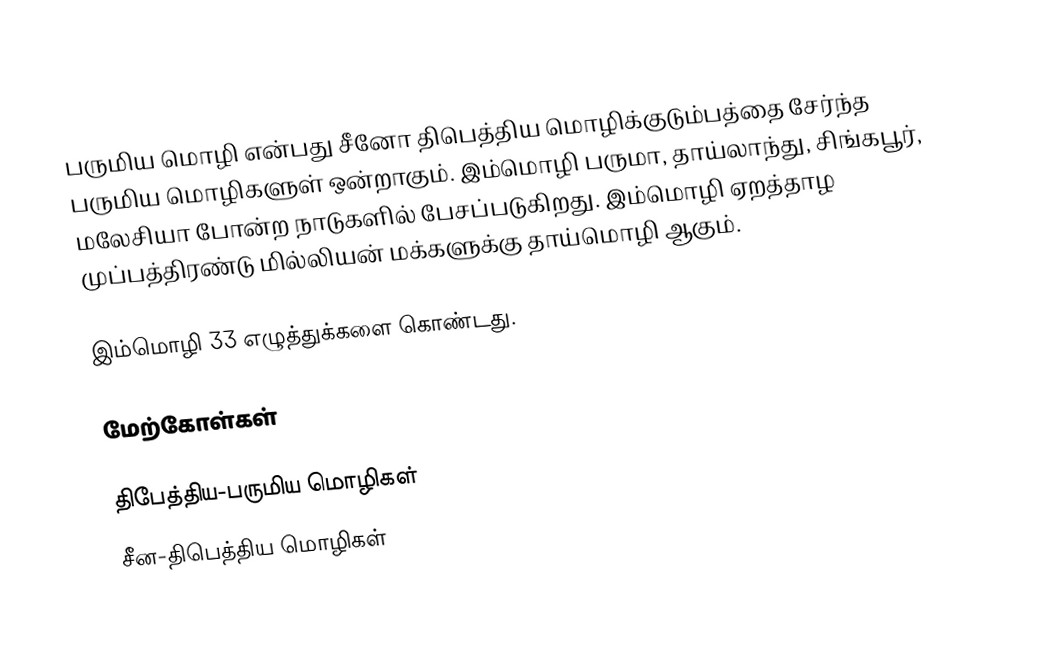
பருமிய மொழி என்பது சீனோ திபெத்திய மொழிக்குடும்பத்தை சேர்ந்த பருமிய மொழிகளுள் ஒன்றாகும். இம்மொழி பருமா, தாய்லாந்து, சிங்கபூர், மலேசியா போன்ற நாடுகளில் பேசப்படுகிறது. இம்மொழி ஏறத்தாழ முப்பத்திரண்டு மில்லியன் மக்களுக்கு தாய்மொழி ஆகும்.

இம்மொழி 33 எழுத்துக்களை கொண்டது.

மேற்கோள்கள்

திபேத்திய-பருமிய மொழிகள்
சீன-திபெத்திய மொழிகள்